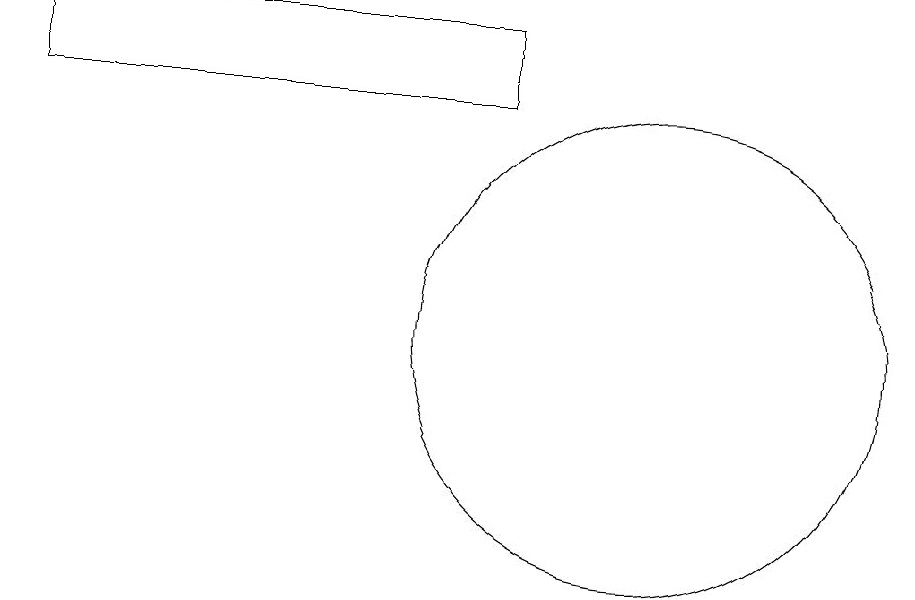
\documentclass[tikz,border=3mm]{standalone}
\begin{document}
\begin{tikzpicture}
\draw (2,15) rectangle (8,16);
\draw (10,12) circle (0);
\draw (10,12) circle (3);
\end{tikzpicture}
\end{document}